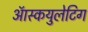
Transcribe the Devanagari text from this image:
ऑस्कयुलेटिग